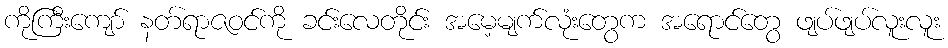
ကိုကြီးကျော် နတ်ရာဇဝင်ကို ခင်းလေတိုင်း အမေ့မျက်လုံးတွေက အရောင်တွေ ဖျပ်ဖျပ်လူးလူး